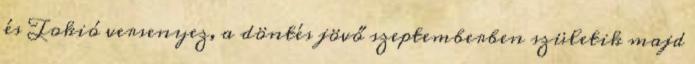
és Tokió versenyez, a döntés jövő szeptemberben születik majd